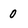
Character: 0